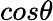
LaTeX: cos\theta